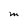
Character: M